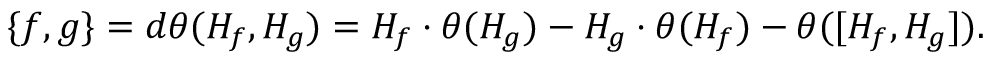
\{ f , g \} = d \theta ( H _ { f } , H _ { g } ) = H _ { f } \cdot \theta ( H _ { g } ) - H _ { g } \cdot \theta ( H _ { f } ) - \theta ( [ H _ { f } , H _ { g } ] ) .